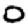
Digit: 0